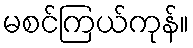
မစင်ကြယ်ကုန်။